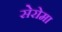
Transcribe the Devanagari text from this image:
सेरोमा